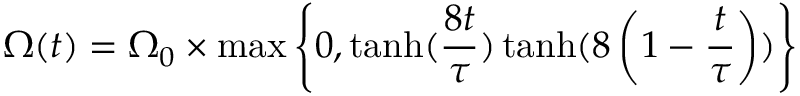
\Omega ( t ) = \Omega _ { 0 } \times \operatorname* { m a x } \left\{ 0 , \operatorname { t a n h } ( \frac { 8 t } { \tau } ) \operatorname { t a n h } ( 8 \left( 1 - \frac { t } { \tau } \right) ) \right\}